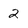
Character: 2